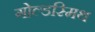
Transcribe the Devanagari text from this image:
गोल्‍डस्‍मिथ